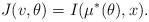
LaTeX: \begin{align*}J (v, \theta) = I (\mu ^ * (\theta), x).\end{align*}